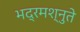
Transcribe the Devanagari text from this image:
भद्रमश्नुते